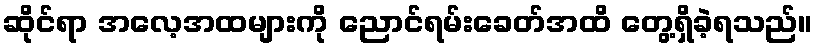
ဆိုင်ရာ အလေ့အထများကို ညောင်ရမ်းခေတ်အထိ တွေ့ရှိခဲ့ရသည်။